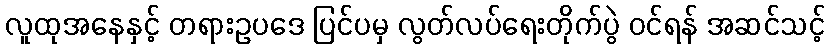
လူထုအနေနှင့် တရားဥပဒေ ပြင်ပမှ လွတ်လပ်ရေးတိုက်ပွဲ ဝင်ရန် အဆင်သင့်